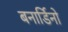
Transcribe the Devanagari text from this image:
बनार्डिनो